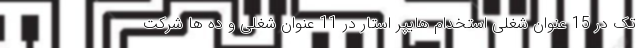
تک در 15 عنوان شغلی استخدام هایپر استار در 11 عنوان شغلی و ده ها شرکت